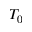
T _ { 0 }